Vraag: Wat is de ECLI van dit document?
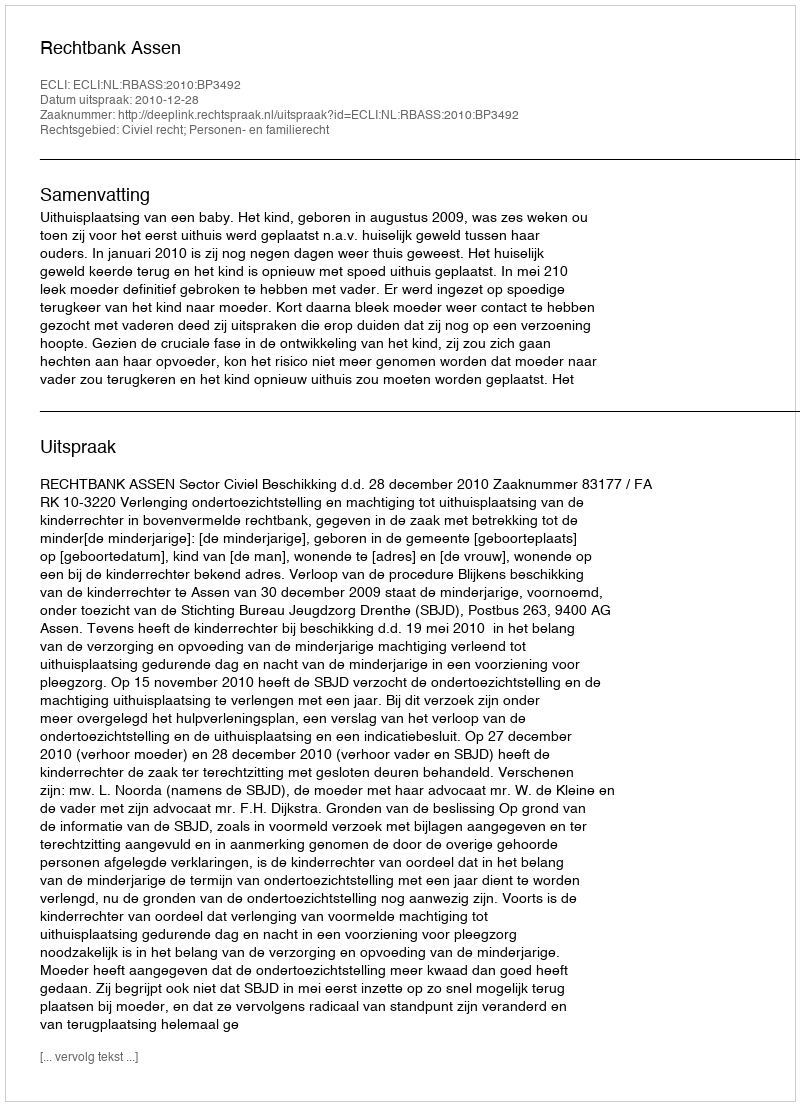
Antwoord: ECLI:NL:RBASS:2010:BP3492